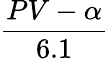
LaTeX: \frac{PV-\alpha}{6.1}